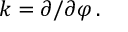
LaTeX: k = \partial / \partial \varphi \, .